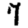
Digit: 7